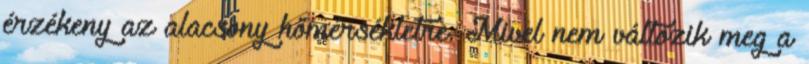
érzékeny az alacsony hőmérsékletre. Mivel nem változik meg a